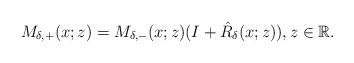
LaTeX: \begin{align*}M_{\delta,+}(x ;z)=M_{\delta,-}(x ;z)(I+ \hat{R}_{\delta}(x;z)), z \in \mathbb{R}.\end{align*}